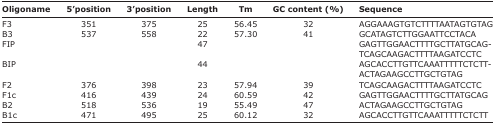
| Oligoname | 5’position | 3’position | Length | Tm | GC content (%) | Sequence |
 | --- | --- | --- | --- | --- | --- | --- |
 | F3 | 351 | 375 | 25 | 56.45 | 32 | AGGAAAGTGTCTTTTAATAGTGTAG |
 | B3 | 537 | 558 | 22 | 57.30 | 41 | GCATAGTCTTGGAATTCCTACA |
 | FIP |  |  | 47 |  |  | GAGTTGGAACTTTTGCTTATGCAG- |
 |  |  |  |  |  |  | TCAGCAAGACTTTTAAGATCCTC |
 | BIP |  |  | 44 |  |  | AGCACCTTGTTCAAATTTTTCTCTT- |
 |  |  |  |  |  |  | ACTAGAAGCCTTGCTGTAG |
 | F2 | 376 | 398 | 23 | 57.94 | 39 | TCAGCAAGACTTTTAAGATCCTC |
 | F1c | 416 | 439 | 24 | 60.59 | 42 | GAGTTGGAACTTTTGCTTATGCAG |
 | B2 | 518 | 536 | 19 | 55.49 | 47 | ACTAGAAGCCTTGCTGTAG |
 | B1c | 471 | 495 | 25 | 60.12 | 32 | AGCACCTTGTTCAAATTTTTCTCTT |